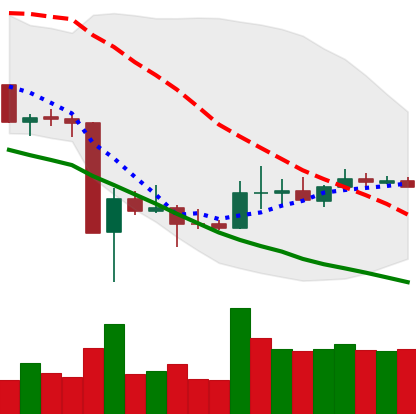
Ticker: DOGE-USD
Chart end date: 2020-03-27
Forward return: 3.32%
Label: up_3_5